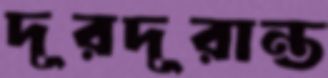
দূরদূরান্ত